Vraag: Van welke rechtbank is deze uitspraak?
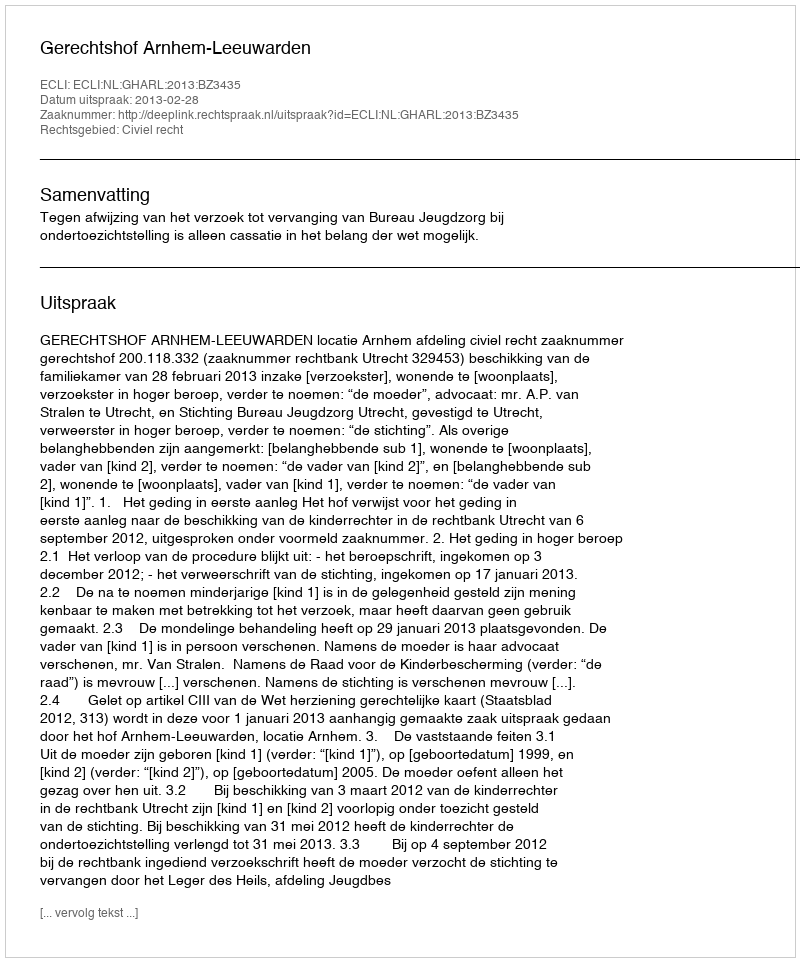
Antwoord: Gerechtshof Arnhem-Leeuwarden